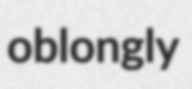
oblongly